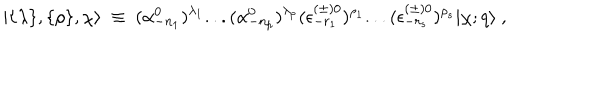
LaTeX: \vert \{ \lambda \} , \{ \rho \} , \chi \rangle { } ~ \equiv { } ~ ( \alpha _ { - { n _ { 1 } } } ^ { 0 } ) ^ { \lambda _ { 1 } } . . . ( \alpha _ { - { n _ { p } } } ^ { 0 } ) ^ { \lambda _ { p } } ( \epsilon _ { - r _ { 1 } } ^ { ( \pm ) 0 } ) ^ { \rho _ { 1 } } . . . ( \epsilon _ { - r _ { s } } ^ { ( \pm ) 0 } ) ^ { \rho _ { s } } \vert \chi ; q \rangle { } ~ ,